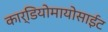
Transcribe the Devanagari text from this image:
कार्डियोमायोसाईट